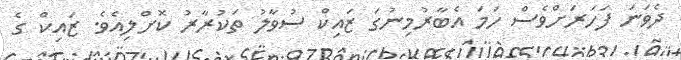
ދެވަނަ ފަހަރަށްވެސް ހަމަ އެބާރުމިނުގަ ޒައިކް ސުވާލު ތަކުރާރު ކޮށްލިއެވެ. ޒައިކް ގެ